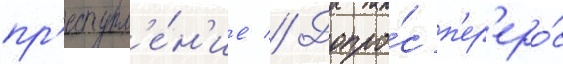
пр'еступл'е́н'ие // Допро́с п'ер'еро́с